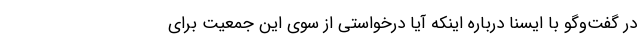
در گفت‌وگو با ایسنا درباره اینکه آیا درخواستی از سوی این جمعیت برای